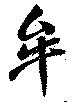
牟